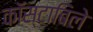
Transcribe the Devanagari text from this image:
काॅस्टाबिले